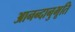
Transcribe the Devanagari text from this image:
आनन्‍दानुभूति